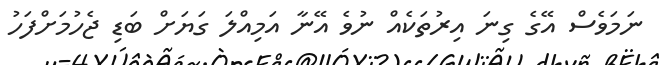
ނަމަވެސް އޭގެ ގިނަ އިރުތަކެއް ނުވެ އޭނާ އަމިއްލަ ގަޔަށް ބަޑި ޖެހުމަށްފަހު